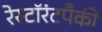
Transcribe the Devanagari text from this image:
रेस्टॉरंटपैकी